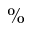
{ \% }